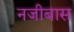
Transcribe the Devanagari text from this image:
नजीबास